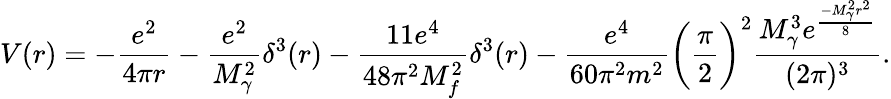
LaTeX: V(r)=-\frac{e^{2}}{4\pi r}-\frac{e^{2}}{M_{\gamma}^{2}}\delta^{3}(r)-\frac{11e^{4}}{48\pi^{2}M_{f}^{2}}\delta^{3}(r)-\frac{e^{4}}{60\pi^{2}m^{2}}\biggl(\frac{\pi}{2}\biggr)^{2}\frac{M_{\gamma}^{3}e^{\frac{-M_{\gamma}^{2}r^{2}}{8}}}{(2\pi)^{3}}.